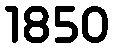
1850